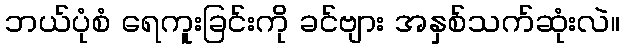
ဘယ်ပုံစံ ရေကူးခြင်းကို ခင်ဗျား အနှစ်သက်ဆုံးလဲ။